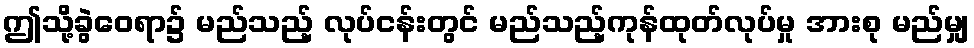
ဤသို့ခွဲဝေရာ၌ မည်သည့် လုပ်ငန်းတွင် မည်သည့်ကုန်ထုတ်လုပ်မှု အားစု မည်မျှ